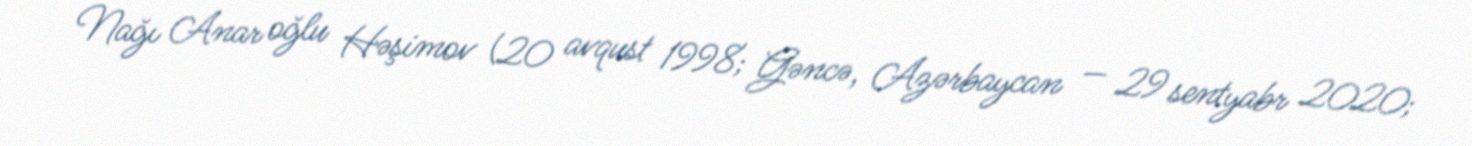
Nağı Anar oğlu Həşimov (20 avqust 1998; Gəncə, Azərbaycan — 29 sentyabr 2020;